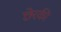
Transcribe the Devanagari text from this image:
छेरकी